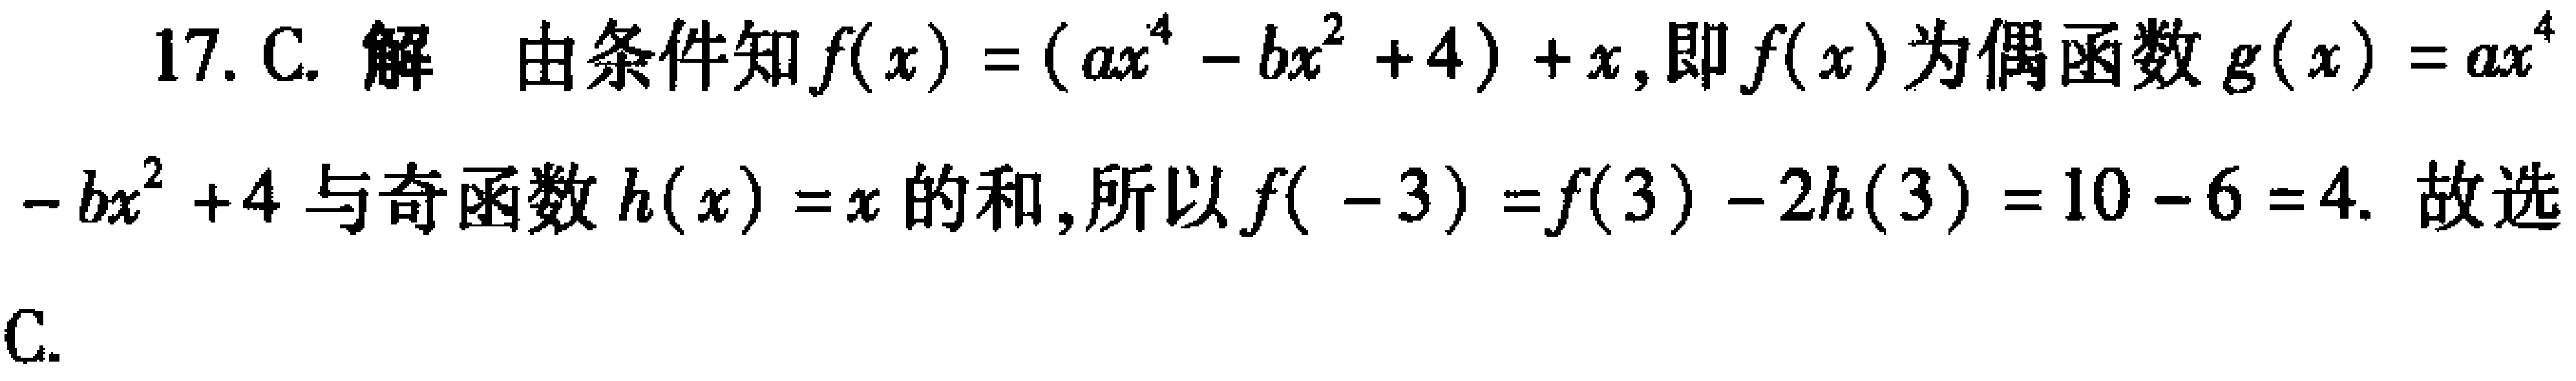
17. C. 解 由条件知\(f(x)=(ax^{4}-bx^{2}+4)+x\), 即\(f(x)\)为偶函数\(g(x)=ax^{4}-bx^{2}+4\)与奇函数\(h(x)=x\)的和, 所以\(f(-3)=f(3)-2h(3)=10 - 6 = 4\). 故选C.